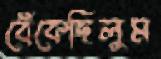
বেঁকেছিলুম